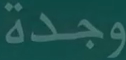
وجدة